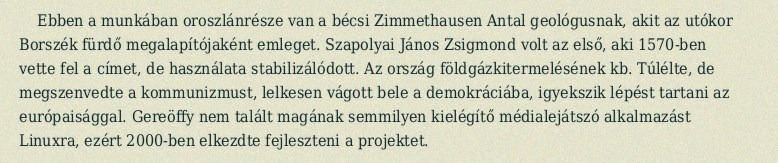
Ebben a munkában oroszlánrésze van a bécsi Zimmethausen Antal geológusnak, akit az utókor Borszék fürdő megalapítójaként emleget. Szapolyai János Zsigmond volt az első, aki 1570-ben vette fel a címet, de használata stabilizálódott. Az ország földgázkitermelésének kb. Túlélte, de megszenvedte a kommunizmust, lelkesen vágott bele a demokráciába, igyekszik lépést tartani az európaisággal. Gereöffy nem talált magának semmilyen kielégítő médialejátszó alkalmazást Linuxra, ezért 2000-ben elkezdte fejleszteni a projektet.